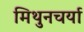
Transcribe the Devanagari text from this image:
मिथुनचर्या